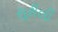
સૂરીલી